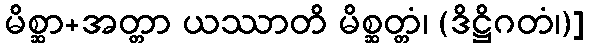
မိစ္ဆာ+အတ္တာ ယဿာတိ မိစ္ဆတ္တံ၊ (ဒိဋ္ဌိဂတံ၊)]